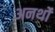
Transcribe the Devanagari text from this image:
अनर्थो